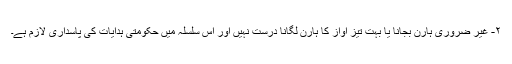
۲- غیر ضروری ہارن بجانا یا بہت تیز آواز کا ہارن لگانا درست نہیں اور اس سلسلہ میں حکومتی ہدایات کی پاسداری لازم ہے۔